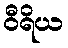
ဝီရိယ